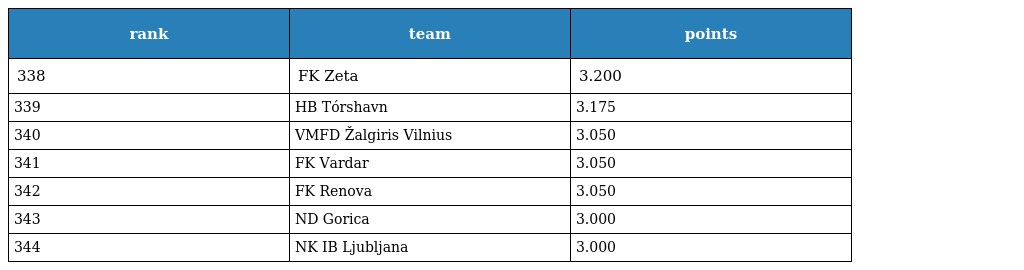
| rank | team | points |
 | --- | --- | --- |
 | 338 | FK Zeta | 3.200 |
 | 339 | HB Tórshavn | 3.175 |
 | 340 | VMFD Žalgiris Vilnius | 3.050 |
 | 341 | FK Vardar | 3.050 |
 | 342 | FK Renova | 3.050 |
 | 343 | ND Gorica | 3.000 |
 | 344 | NK IB Ljubljana | 3.000 |